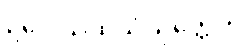
ဥပေါသထသံယုတ္တေတိ